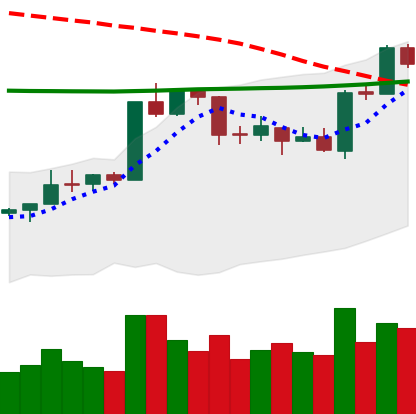
Ticker: ETH-USD
Chart end date: 2020-04-19
Forward return: 4.197%
Label: up_3_5